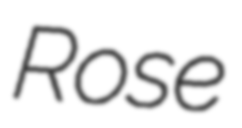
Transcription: Rose